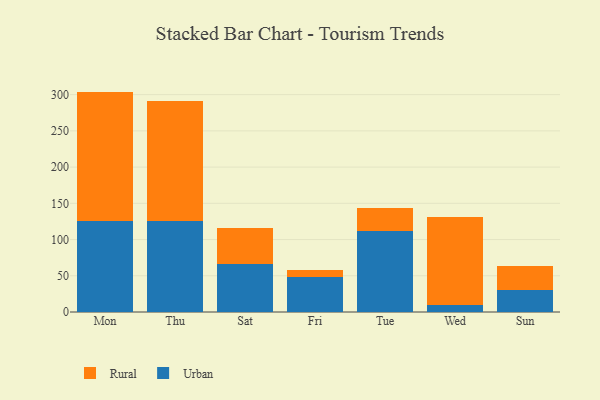
{"axis": {"x": "Day", "y": "Budget (USD K)"}, "legend": ["Rural", "Urban"], "data": [{"x": "Mon", "y": 125.3, "type": "Urban"}, {"x": "Mon", "y": 178.9, "type": "Rural"}, {"x": "Thu", "y": 125.9, "type": "Urban"}, {"x": "Thu", "y": 165.5, "type": "Rural"}, {"x": "Sat", "y": 66.3, "type": "Urban"}, {"x": "Sat", "y": 49.0, "type": "Rural"}, {"x": "Fri", "y": 48.0, "type": "Urban"}, {"x": "Fri", "y": 10.1, "type": "Rural"}, {"x": "Tue", "y": 111.9, "type": "Urban"}, {"x": "Tue", "y": 31.6, "type": "Rural"}, {"x": "Wed", "y": 10.1, "type": "Urban"}, {"x": "Wed", "y": 121.4, "type": "Rural"}, {"x": "Sun", "y": 30.9, "type": "Urban"}, {"x": "Sun", "y": 33.0, "type": "Rural"}]}